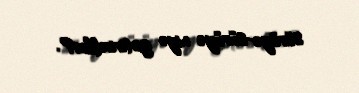
sürüyə-sürüyə niyə gətirirdilər?.